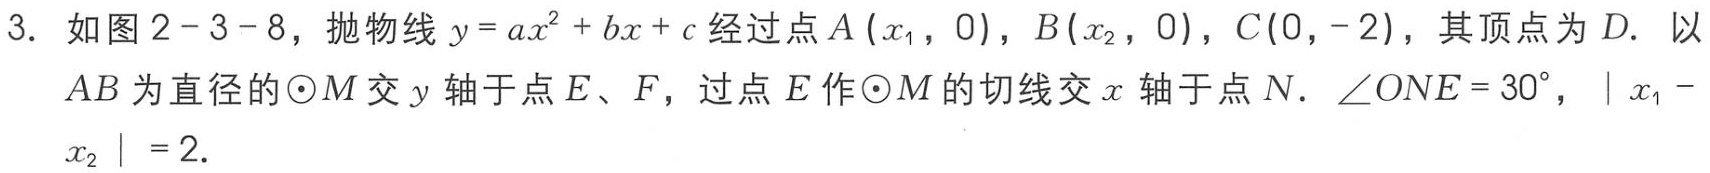
3. 如图2 - 3 - 8，抛物线\(y = ax^{2}+bx + c\)经过点\(A(x_{1},0)\)，\(B(x_{2},0)\)，\(C(0,-2)\)，其顶点为\(D\). 以\(AB\)为直径的\(\odot M\)交\(y\)轴于点\(E\)、\(F\)，过点\(E\)作\(\odot M\)的切线交\(x\)轴于点\(N\). \(\angle ONE = 30^{\circ}\)，\(\vert x_{1}-x_{2}\vert = 2\).